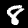
Digit: 8